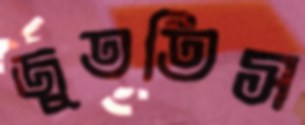
জুততিস